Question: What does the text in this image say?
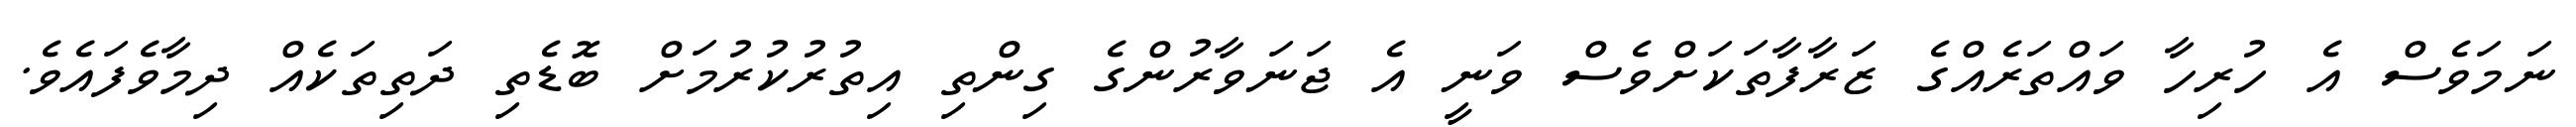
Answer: ނަމަވެސް އެ ހުރިހާ ވައްތަރެއްގެ ޒަރާފާތަކަށްވެސް ވަނީ އެ ޖަނަވާރުންގެ ގިންތި އިތުރުކުރުމަށް ބޮޑެތި ދަތިތަކެއް ދިމާވެފައެވެ.